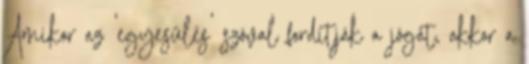
Amikor az 'egyesülés' szóval fordítják a jógát, akkor a